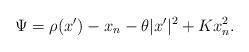
LaTeX: \begin{align*}\Psi = \rho (x') - x_n - \theta |x'|^2 + K x_n^2.\end{align*}